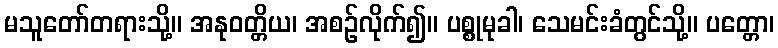
မသူတော်တရားသို့။ အနုဝတ္တိယ၊ အစဉ်လိုက်၍။ ပစ္စုမုခါ၊ သေမင်းခံတွင်သို့။ ပတ္တော၊